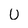
Character: U